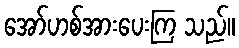
အော်ဟစ်အားပေးကြ သည်။